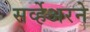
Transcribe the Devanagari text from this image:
सर्व्हेअरने